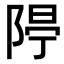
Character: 𨺐